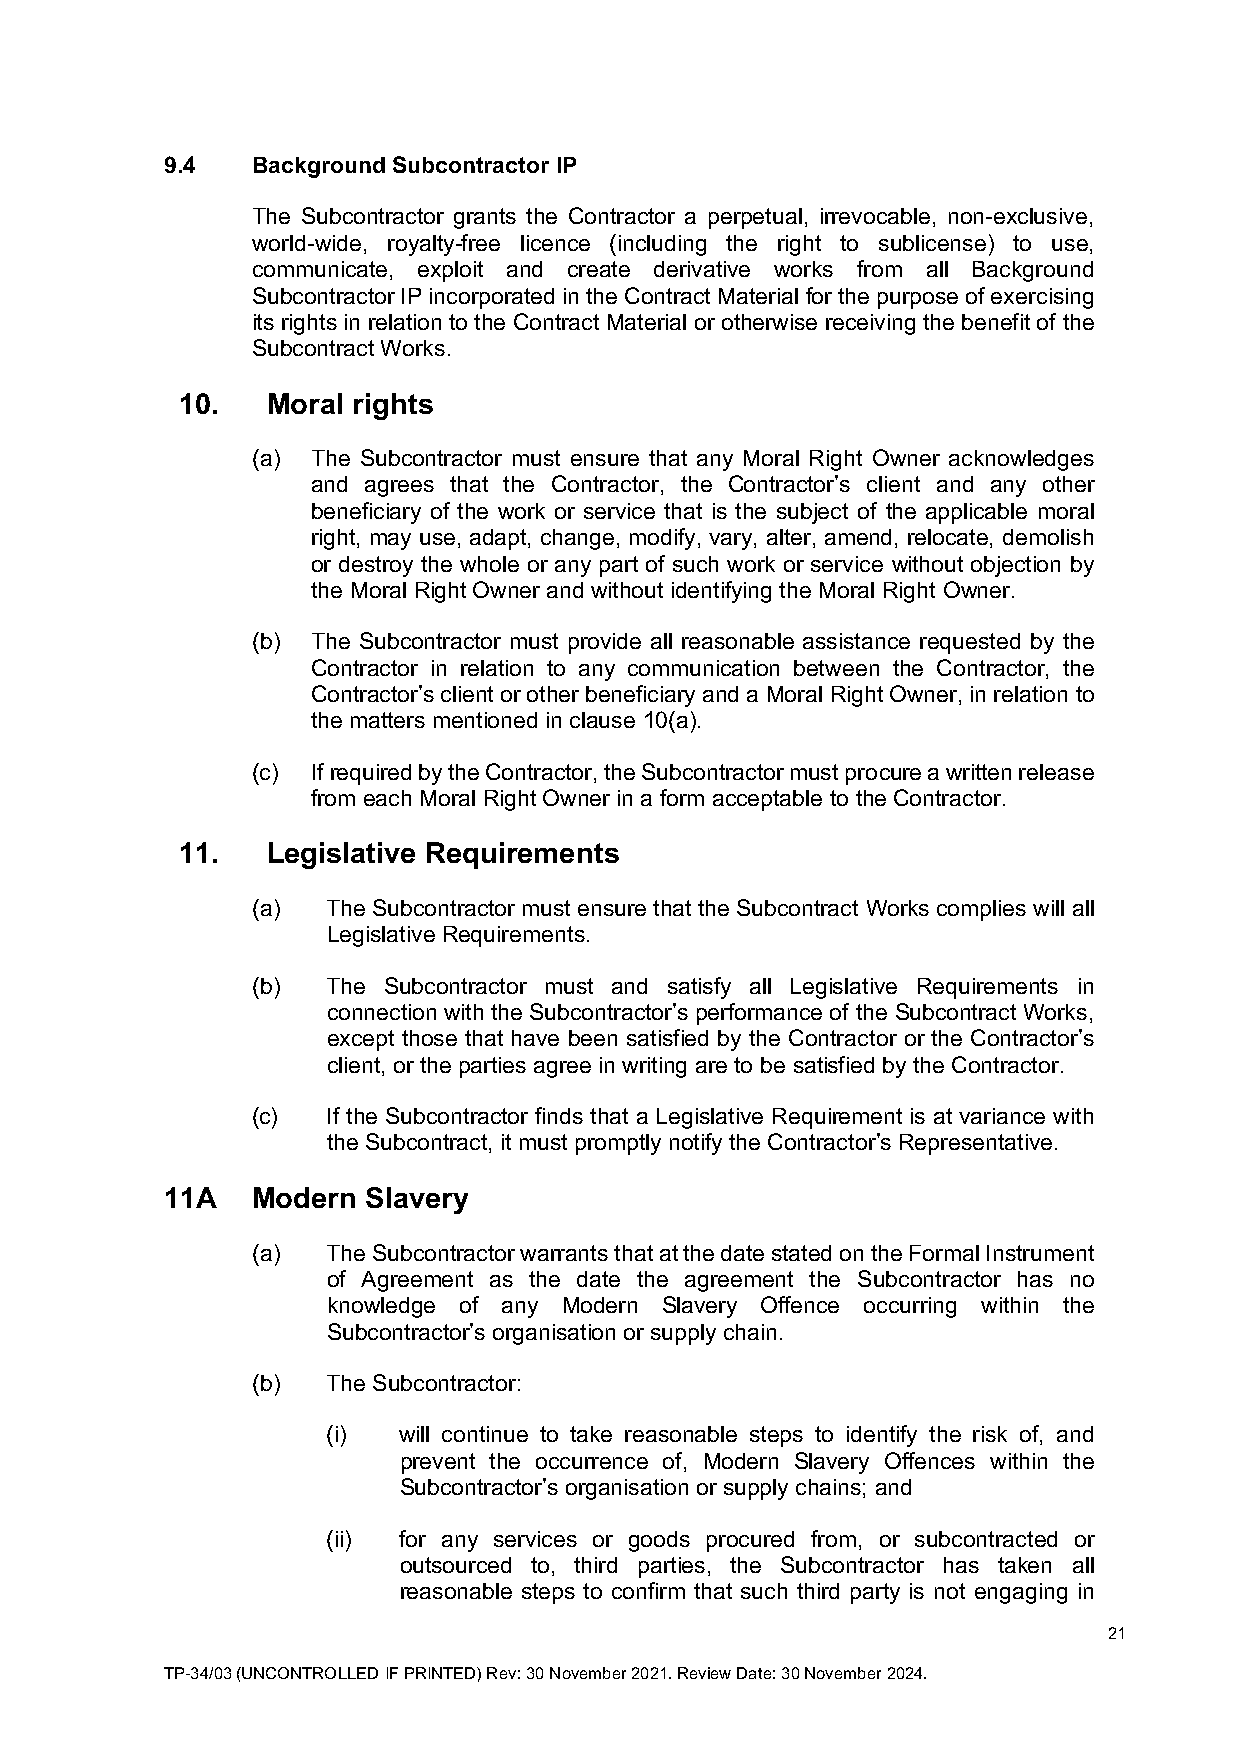
9.4   Background Subcontractor IP
 The Subcontractor grants the Contractor a perpetual, irrevocable, non-exclusive,
 world-wide, royalty-free licence (including the right to sublicense) to use,
 communicate, exploit and create derivative works from all Background
 Subcontractor IP incorporated in the Contract Material for the purpose of exercising
 its rights in relation to the Contract Material or otherwise receiving the benefit of the
 Subcontract Works.
 10.   Moral rights
 (a) The Subcontractor must ensure that any Moral Right Owner acknowledges
 and agrees that the Contractor, the Contractor’s client and any other
 beneficiary of the work or service that is the subject of the applicable moral
 right, may use, adapt, change, modify, vary, alter, amend, relocate, demolish
 or destroy the whole or any part of such work or service without objection by
 the Moral Right Owner and without identifying the Moral Right Owner.
 (b) The Subcontractor must provide all reasonable assistance requested by the
 Contractor in relation to any communication between the Contractor, the
 Contractor’s client or other beneficiary and a Moral Right Owner, in relation to
 the matters mentioned in clause 10(a).
 (c) If required by the Contractor, the Subcontractor must procure a written release
 from each Moral Right Owner in a form acceptable to the Contractor.
 11.   Legislative Requirements
 (a)  The Subcontractor must ensure that the Subcontract Works complies will all
 Legislative Requirements.
 (b)  The Subcontractor must and satisfy all Legislative Requirements in
 connection with the Subcontractor’s performance of the Subcontract Works,
 except those that have been satisfied by the Contractor or the Contractor’s
 client, or the parties agree in writing are to be satisfied by the Contractor.
 (c)  If the Subcontractor finds that a Legislative Requirement is at variance with
 the Subcontract, it must promptly notify the Contractor’s Representative.
 11A   Modern Slavery
 (a)  The Subcontractor warrants that at the date stated on the Formal Instrument
 of Agreement as the date the agreement the Subcontractor has no
 knowledge of any Modern Slavery Offence occurring within the
 Subcontractor’s organisation or supply chain.
 (b)  The Subcontractor:
 (i) will continue to take reasonable steps to identify the risk of, and
 prevent the occurrence of, Modern Slavery Offences within the
 Subcontractor’s organisation or supply chains; and
 (ii) for any services or goods procured from, or subcontracted or
 outsourced to, third parties, the Subcontractor has taken all
 reasonable steps to confirm that such third party is not engaging in
 21
 TP-34/03 (UNCONTROLLED IF PRINTED) Rev: 30 November 2021. Review Date: 30 November 2024.